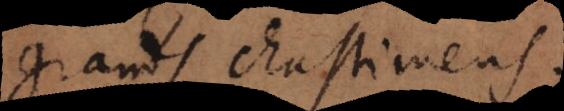
grands chastimens.